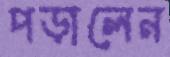
পড়ালেন